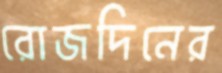
রোজদিনের